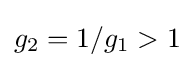
g_{2}=1/g_{1}>1